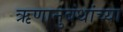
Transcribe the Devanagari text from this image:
ऋणानुबंधांच्या